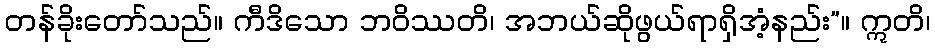
တန်ခိုးတော်သည်။ ကီဒိသော ဘဝိဿတိ၊ အဘယ်ဆိုဖွယ်ရာရှိအံ့နည်း”။ ဣတိ၊